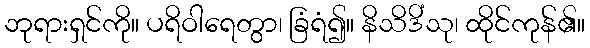
ဘုရားရှင်ကို။ ပရိဝါရေတွာ၊ ခြံရံ၍။ နိသိဒိံသု၊ ထိုင်ကုန်၏။